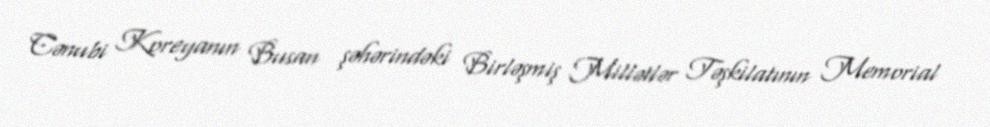
Cənubi Koreyanın Busan şəhərindəki Birləşmiş Millətlər Təşkilatının Memorial